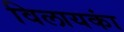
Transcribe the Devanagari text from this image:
विलायकां